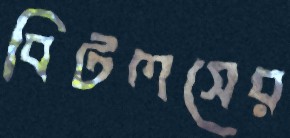
বিটলসের